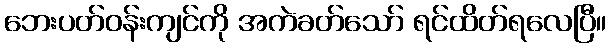
ဘေးပတ်ဝန်းကျင်ကို အကဲခတ်သော် ရင်ထိတ်ရလေပြီ။